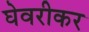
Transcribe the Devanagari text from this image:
घेवरीकर